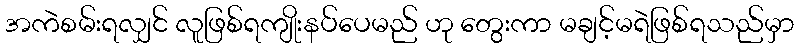
အကဲစမ်းရလျှင် လူဖြစ်ရကျိုးနပ်ပေမည် ဟု တွေးကာ မချင့်မရဲဖြစ်ရသည်မှာ